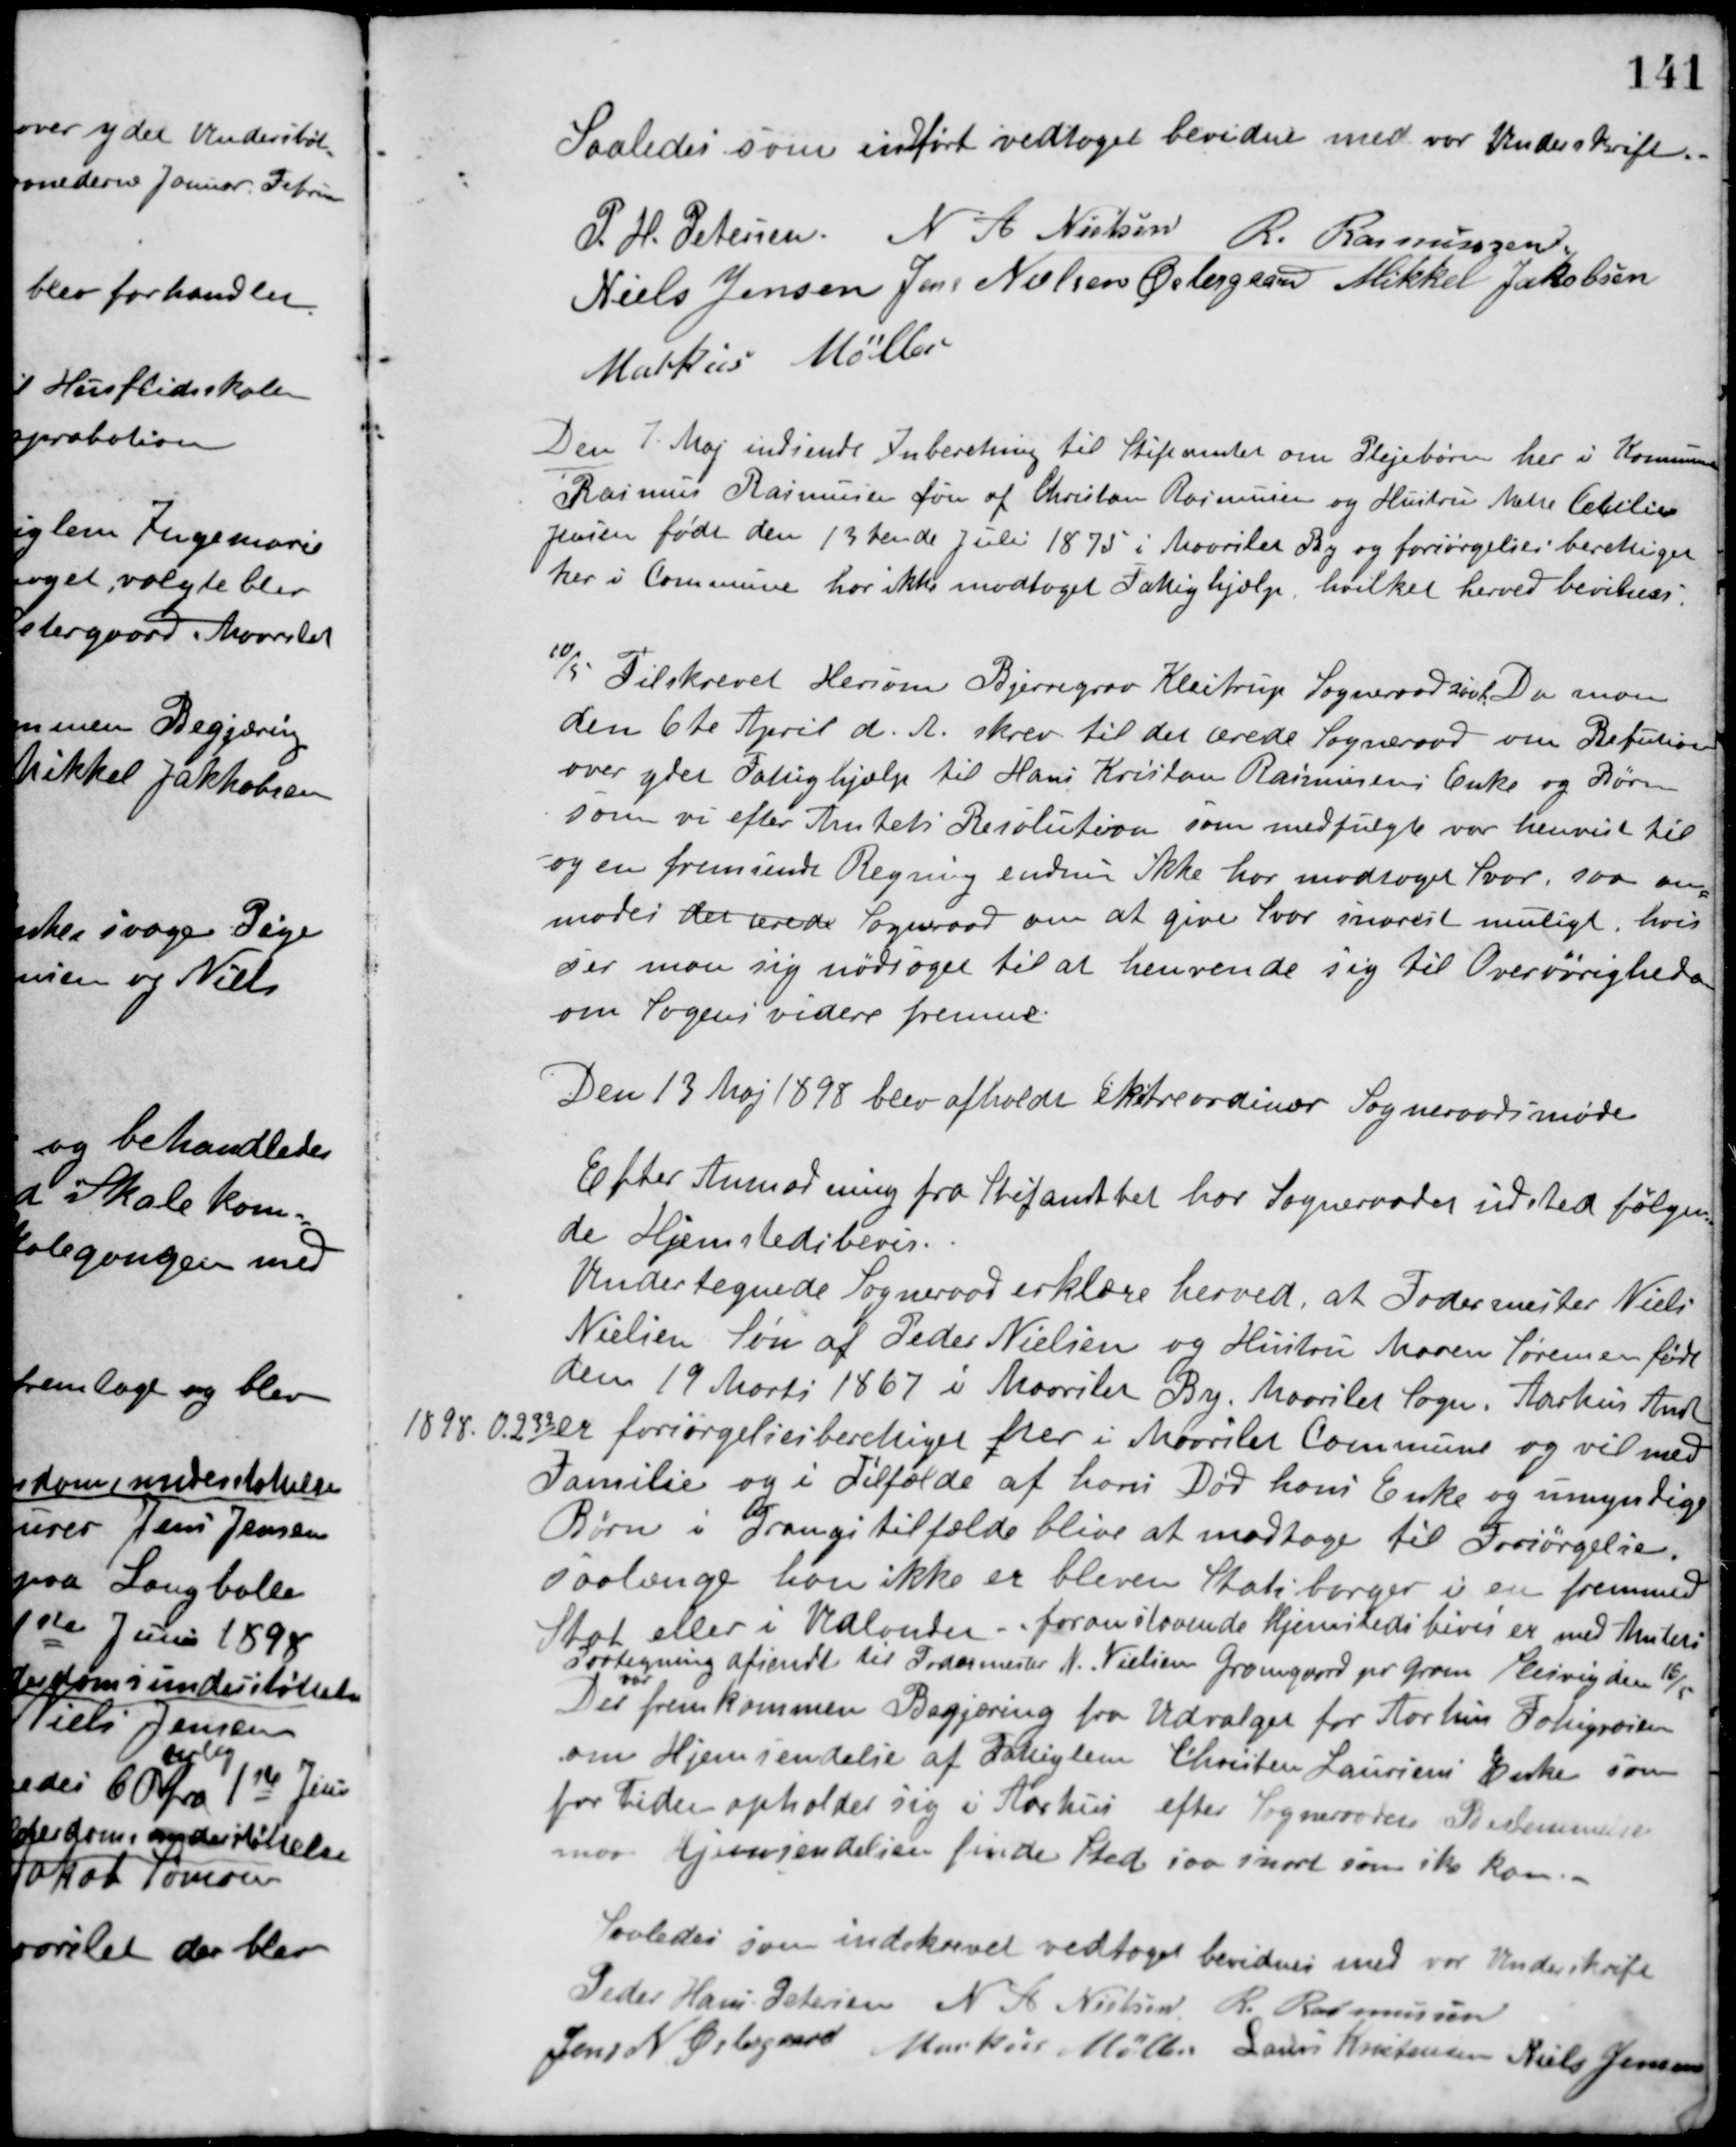
Transskription:
Saaledes som indført vedtaget bevidnes med vor Underskrift.
P. H. Petersen N. A. Nielsen R. Rasmussen
Niels Jensen Jens Nielsen Østergaard Mikkel Jakobsen
Markus Møller
Den 7 Maj indsendt Inberetning til Stiftamtet om Plejebørn her i Kommunen.
Rasmus Rasmussen Søn af Christan Rasmussen og Hustru Mette Cecilie
Jensen født den 13 tende Juli 1875 i Maarslet By og forsørgelsesberettiget
her i Kommune har ikke modtaget Fattighjælp, hvilket herved bevidnes.
10/5. Tilskrevet Hersom Bjerregrav Kleitrup Sogneraad saal. Da man
den 6te April d. A. skrev til det ærede Sogneraad om Refution
over ydet Fattighjælp til Hans Kristian Rasmussens Enke og Børn
som vi efter Amtets Resolution som medfulgte var henvist til
og en fremsendt Regning endnu ikke har modtaget Svar, saa an-
modes det ærede Sogneraad om at give Svar snarest muligt, hvis
ser man sig nødsaget til at henvende sig til Overøvrigheden
om Sagens videre fremme.
Den 13 Maj 1898 blev afholdt Ekstraordinær Sogneraadsmøde
Efter Anmodning fra Stiftamtet har Sogneraadet udstedt følgen-
de Hjemstedsbevis.
Undertegnede Sogneraad erklærer herved, at Fodermester Niels
Nielsen Søn af Peder Nielsen og Hustru Maren Sørensen født
den 19 Marts 1867 i Maarslet By, Maarslet Sogn, Aarhus Amt
1898.0232 er forsørgelsesberettiget her i Maarslet Commune og vil med
Familie og i Tilfælde af hans Død hans Enke og umyndige
Børn i Trangstilfælde blive at modtage til Forsørgelse,
saalænge han ikke er bleven Statsborger i en fremmed
Stat eller i Udlandet. foranstaaende hjemstedsbevis er med Amtets
Paategning afsendt til Fodermester N. Nielsen Gramgaard pr. Gram Slesvig den 16/5
Der
var
fremkommen Begjæring fra Udvalget for Aarhus Fatigvæsen
om Hjemsendelse af Fattiglem Christen Laursens Enke som
for tiden opholder sig i Aarhus efter Sogneraadets Bestemmelse
maa Hjemsendelsen finde Sted saa snart som ske kan.
Saaledes som indskrevet vedtaget bevidnes med vor Underskrift
Peder Hans Petersen N. A. Nielsen R. Rasmussen
Jens N. Østergaard Markus Møller Laurs Kristensen Niels Jensen